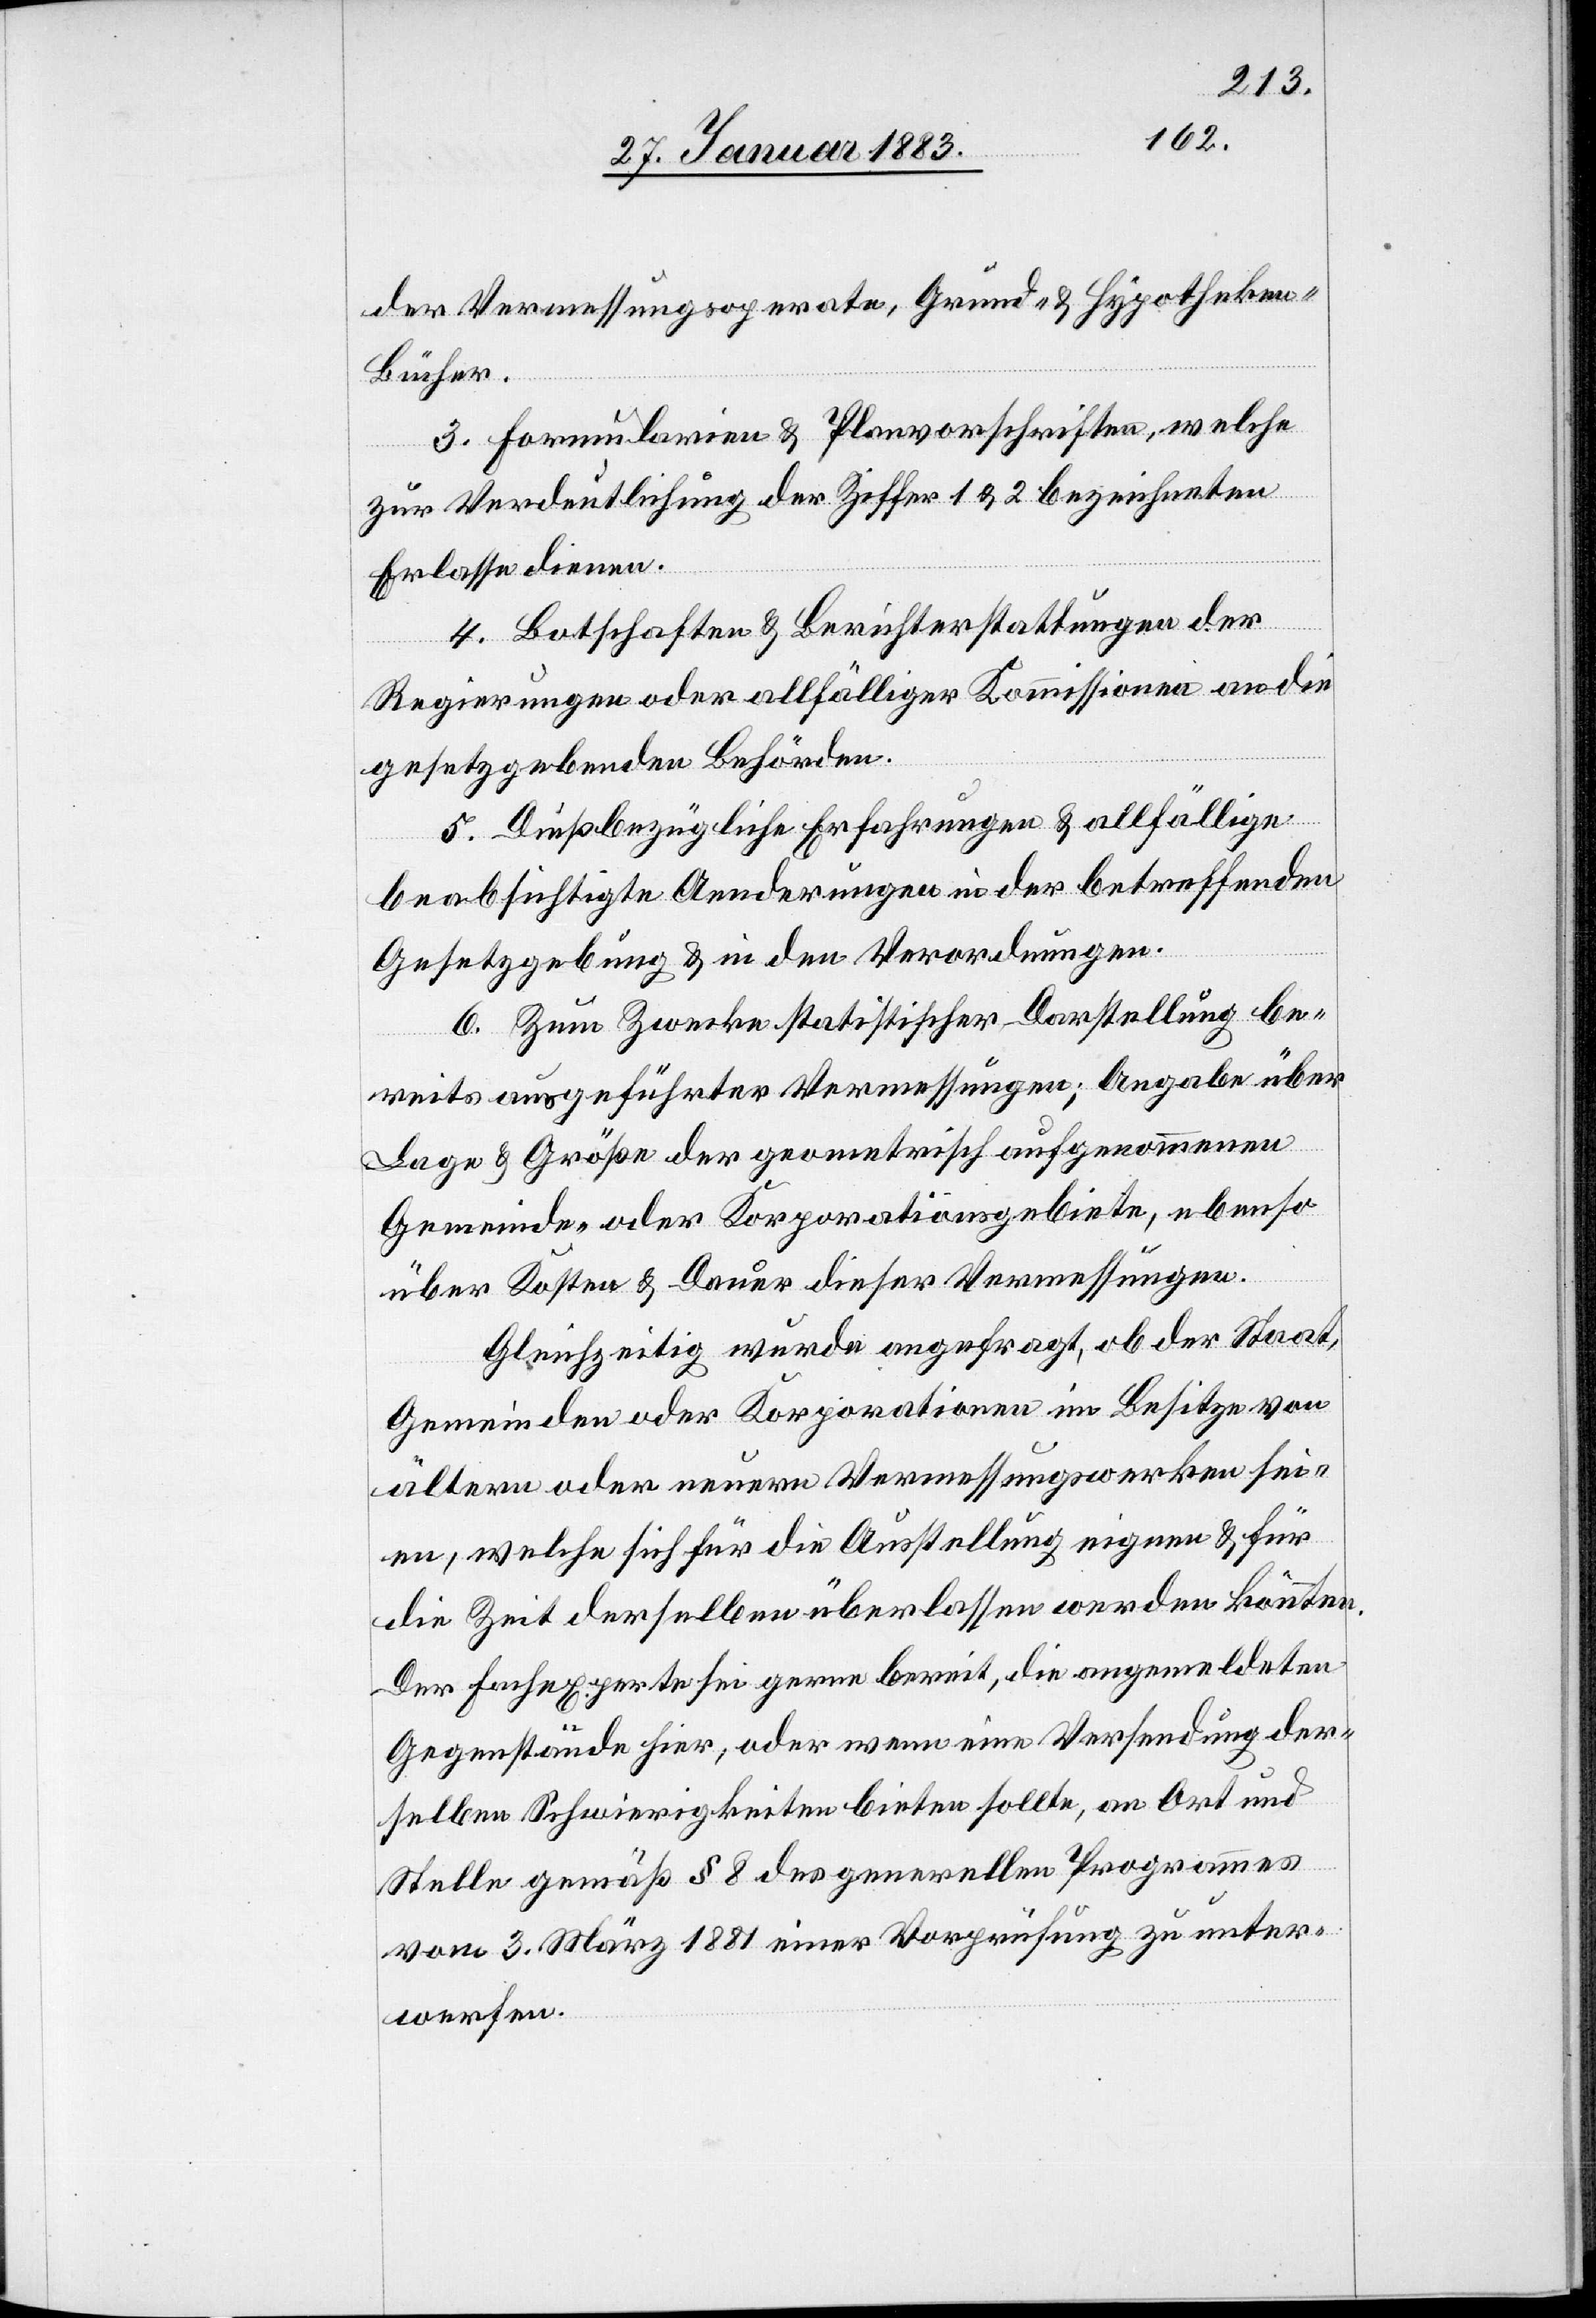
der Vermessungsoperate, Grund- & Hypotheke¬
n-Bücher.
3. Formularien & Planvorschriften, welche
zur Verdeutlichung der Ziffer 1 & 2 bezeichneten
Erlasse dienen.
4. Botschaften & Berichterstattungen der
Regierungen oder allfälliger Kommissionen an die
gesetzgebenden Behörden.
5. Dießbezügliche Erfahrungen & allfällige
beabsichtigte Aenderungen in der betreffenden
Gesetzgebung & in den Verordnungen.
6. Zum Zwecke statistischer Darstellung be¬
reits ausgeführter Vermessungen; Angabe über
Lage & Größe der geometrisch aufgenommenen
Gemeinde- oder Korporationsgebiete, ebenso
über Kosten & Dauer dieser Vermessungen.
Gleichzeitig wurde angefragt, ob der Staat,
Gemeinden oder Korporationen im Besitze von
ältern oder neuern Vermessungswerken sei¬
en, welche sich für die Ausstellung eignen & für
die Zeit derselben überlassen werden könnten.
Der Fachexperte sei gerne bereit, die angemeldeten
Gegenstände hier, oder wenn eine Versendung der¬
selben Schwierigkeiten bieten sollte, an Ort und
Stelle gemäß § 8 des generellen Programmes
vom 3. März 1881 einer Verfügung zu unter¬
werfen.